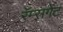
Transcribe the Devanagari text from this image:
रॅम्सगेट